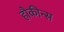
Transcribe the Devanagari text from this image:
हौकीन्स